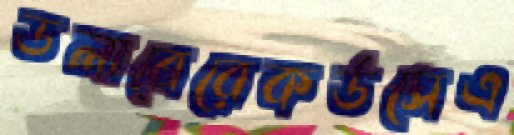
ডলাবেরেকর্ডসেএ